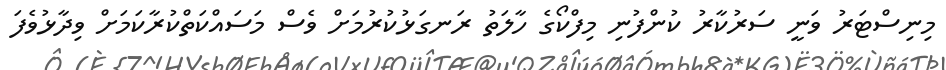
މިނިސްޓަރު ވަނީ ސަރުކާރު ކުންފުނި މިފްކޯގެ ހާލަތު ރަނގަޅުކުރުމަށް ވެސް މަސައްކަތްކުރާކަމަށް ވިދާޅުވެފަ